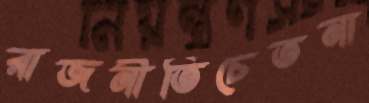
রাজনীতিচেতনা